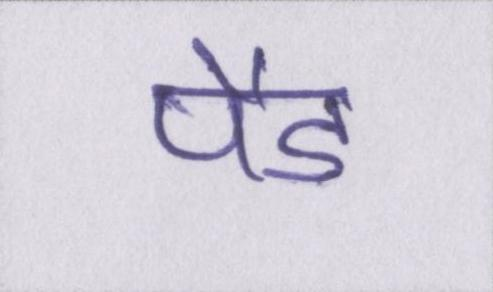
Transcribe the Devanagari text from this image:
पैड